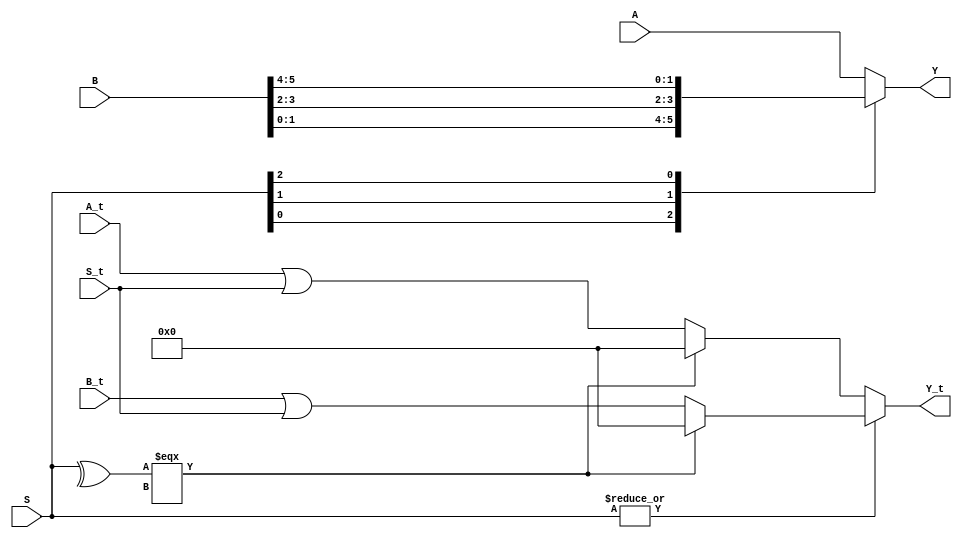
/* Generated by Yosys 0.20 (git sha1 4fcb95ed087, clang  -fPIC -Os) */

(* dynports =  1  *)
(* src = "mux.v:1.1-16.10" *)
module m_0 (A,A_t, B, B_t, S,S_t, Y,Y_t);
  (* src = "mux.v:5.23-5.24" *)
  input [1:0] A;
  wire [1:0] A;
  (* src = "mux.v:5.26-5.27" *)
  input [5:0] B;
  wire [5:0] B;
  (* src = "mux.v:6.11-6.12" *)
  input [2:0] S;
  wire [2:0] S;
  (* src = "mux.v:7.28-7.29" *)
  output [1:0] Y;
  wire [1:0] Y;
    input wire [31:0] A_t;
  input wire [31:0] B_t;
  input wire [31:0] S_t;
  output wire [31:0] Y_t;
  
  function [1:0] _0_;
    input [1:0] a;
    input [5:0] b;
    input [2:0] s;
    (* full_case = 32'd1 *)
    (* parallel_case = 32'd1 *)
    (* src = "mux.v:10.13-10.14|mux.v:10.9-13.19" *)
    (* parallel_case *)
    casez (s)
      3'b??1:
        _0_ = b[1:0];
      3'b?1?:
        _0_ = b[3:2];
      3'b1??:
        _0_ = b[5:4];
      default:
        _0_ = a;
    endcase
  endfunction
      function [31:0] _1_;
    input [31:0] a_t;
    input [31:0] b_t;
    input [31:0] s_t;
    input [2:0] s;
    (* full_case = 32'd1 *)
    (* parallel_case = 32'd1 *)
    (* src = "mux.v:10.13-10.14|mux.v:10.9-13.19" *)
    (* parallel_case *)
    casez (s)
        3'b??1:
        _1_ = (^s === 1'bx) ? 0 : (b_t | s_t);
      3'b?1?:
       _1_ = (^s === 1'bx) ? 0 : (b_t | s_t);
      3'b1??:
        _1_ = (^s === 1'bx) ? 0 : (b_t | s_t);
      default:
        _1_ = (^s === 1'bx) ? 0 : (a_t | s_t);
    endcase
  endfunction
  assign Y = _0_(A, B, S);
  assign Y_t = _1_(A_t, B_t, S_t,S);
endmodule